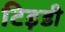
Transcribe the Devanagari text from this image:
टिड़डी